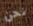
نحن